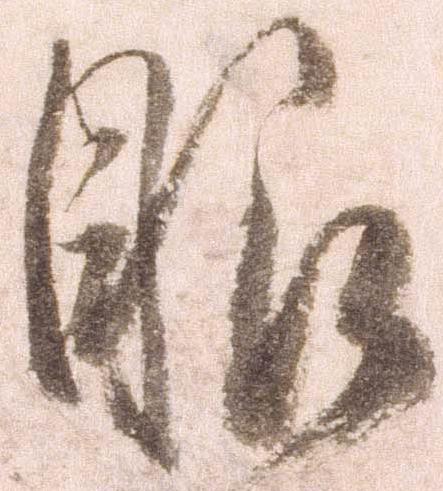
眼